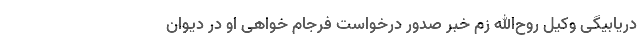
دریابیگی وکیل روح‌الله زم خبر صدور درخواست فرجام خواهی او در دیوان